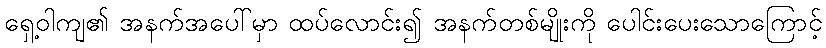
ရှေ့ဝါကျ၏ အနက်အပေါ်မှာ ထပ်လောင်း၍ အနက်တစ်မျိုးကို ပေါင်းပေးသောကြောင့်